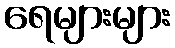
ရေများများ